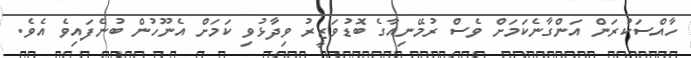
ހާއްސަކުރަން އަންގާނެކަމަށް ވެސް ރުމޭނިއާގެ ބޮޑުވަޒީރު ވިދާޅުވި ކަަމަށް އެނޫހުން ބުނެފައިވެ އެވެ.